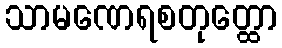
သာမဏေရစတုတ္ထော